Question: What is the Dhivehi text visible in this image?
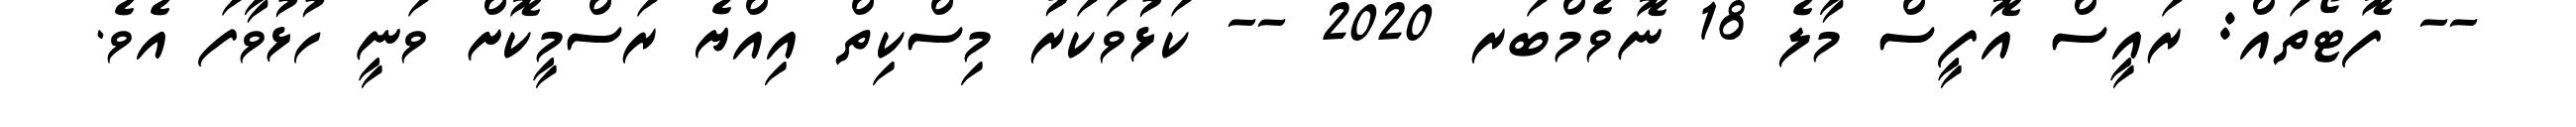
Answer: -- ފޮޓޯތައް: ރައީސް އޮފީސް މާލެ 18 ނޮވެމްބަރ 2020 -- ކަޅުވަކަރު މިސްކިތް އިއްޔެ ރަސްމީކޮށް ވަނީ ހުޅުވާފަ އެވެ.